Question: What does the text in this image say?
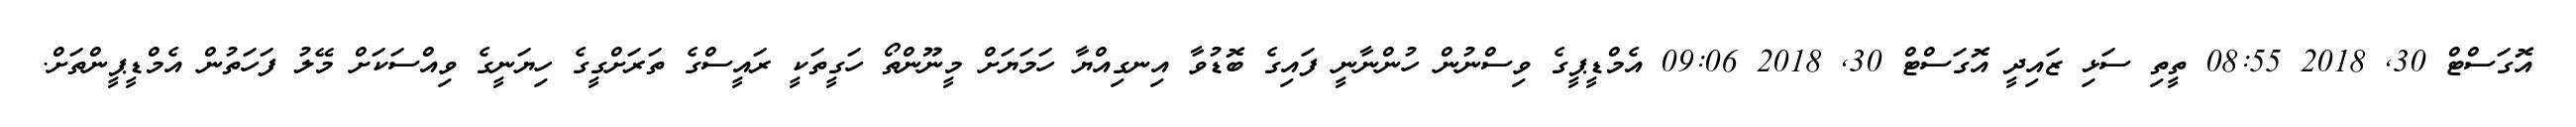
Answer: އޮގަސްޓް 30, 2018 08:55 ތީތި ސަޅި ޒައިދީ އޮގަސްޓް 30, 2018 09:06 އެމްޑީޕީގެ ވިސްނުން ހުންނާނީ ފައިގެ ބޮޑުވާ އިނގިއްޔާ ހަމަޔަށް މީނޫންތޯ ހަގީތަކީ ރައީސްގެ ތަރަށްގީގެ ހިޔަނީގެ ވިއްސަކަށް މޭލު ފަހަތުން އެމްޑީޕީންތަށް.